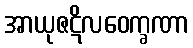
အာယုဇဋိလဝေက္ခဏာ